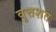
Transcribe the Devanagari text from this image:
वृत्तशत